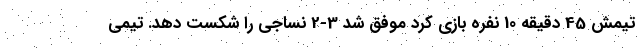
تیمش 45 دقیقه 10 نفره بازی کرد موفق شد 3-2 نساجی را شکست دهد. تیمی